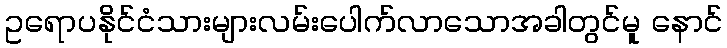
ဥရောပနိုင်ငံသားများလမ်းပေါက်လာသောအခါတွင်မူ နောင်